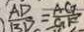
\frac { A D } { B D } = \frac { A G } { G F }